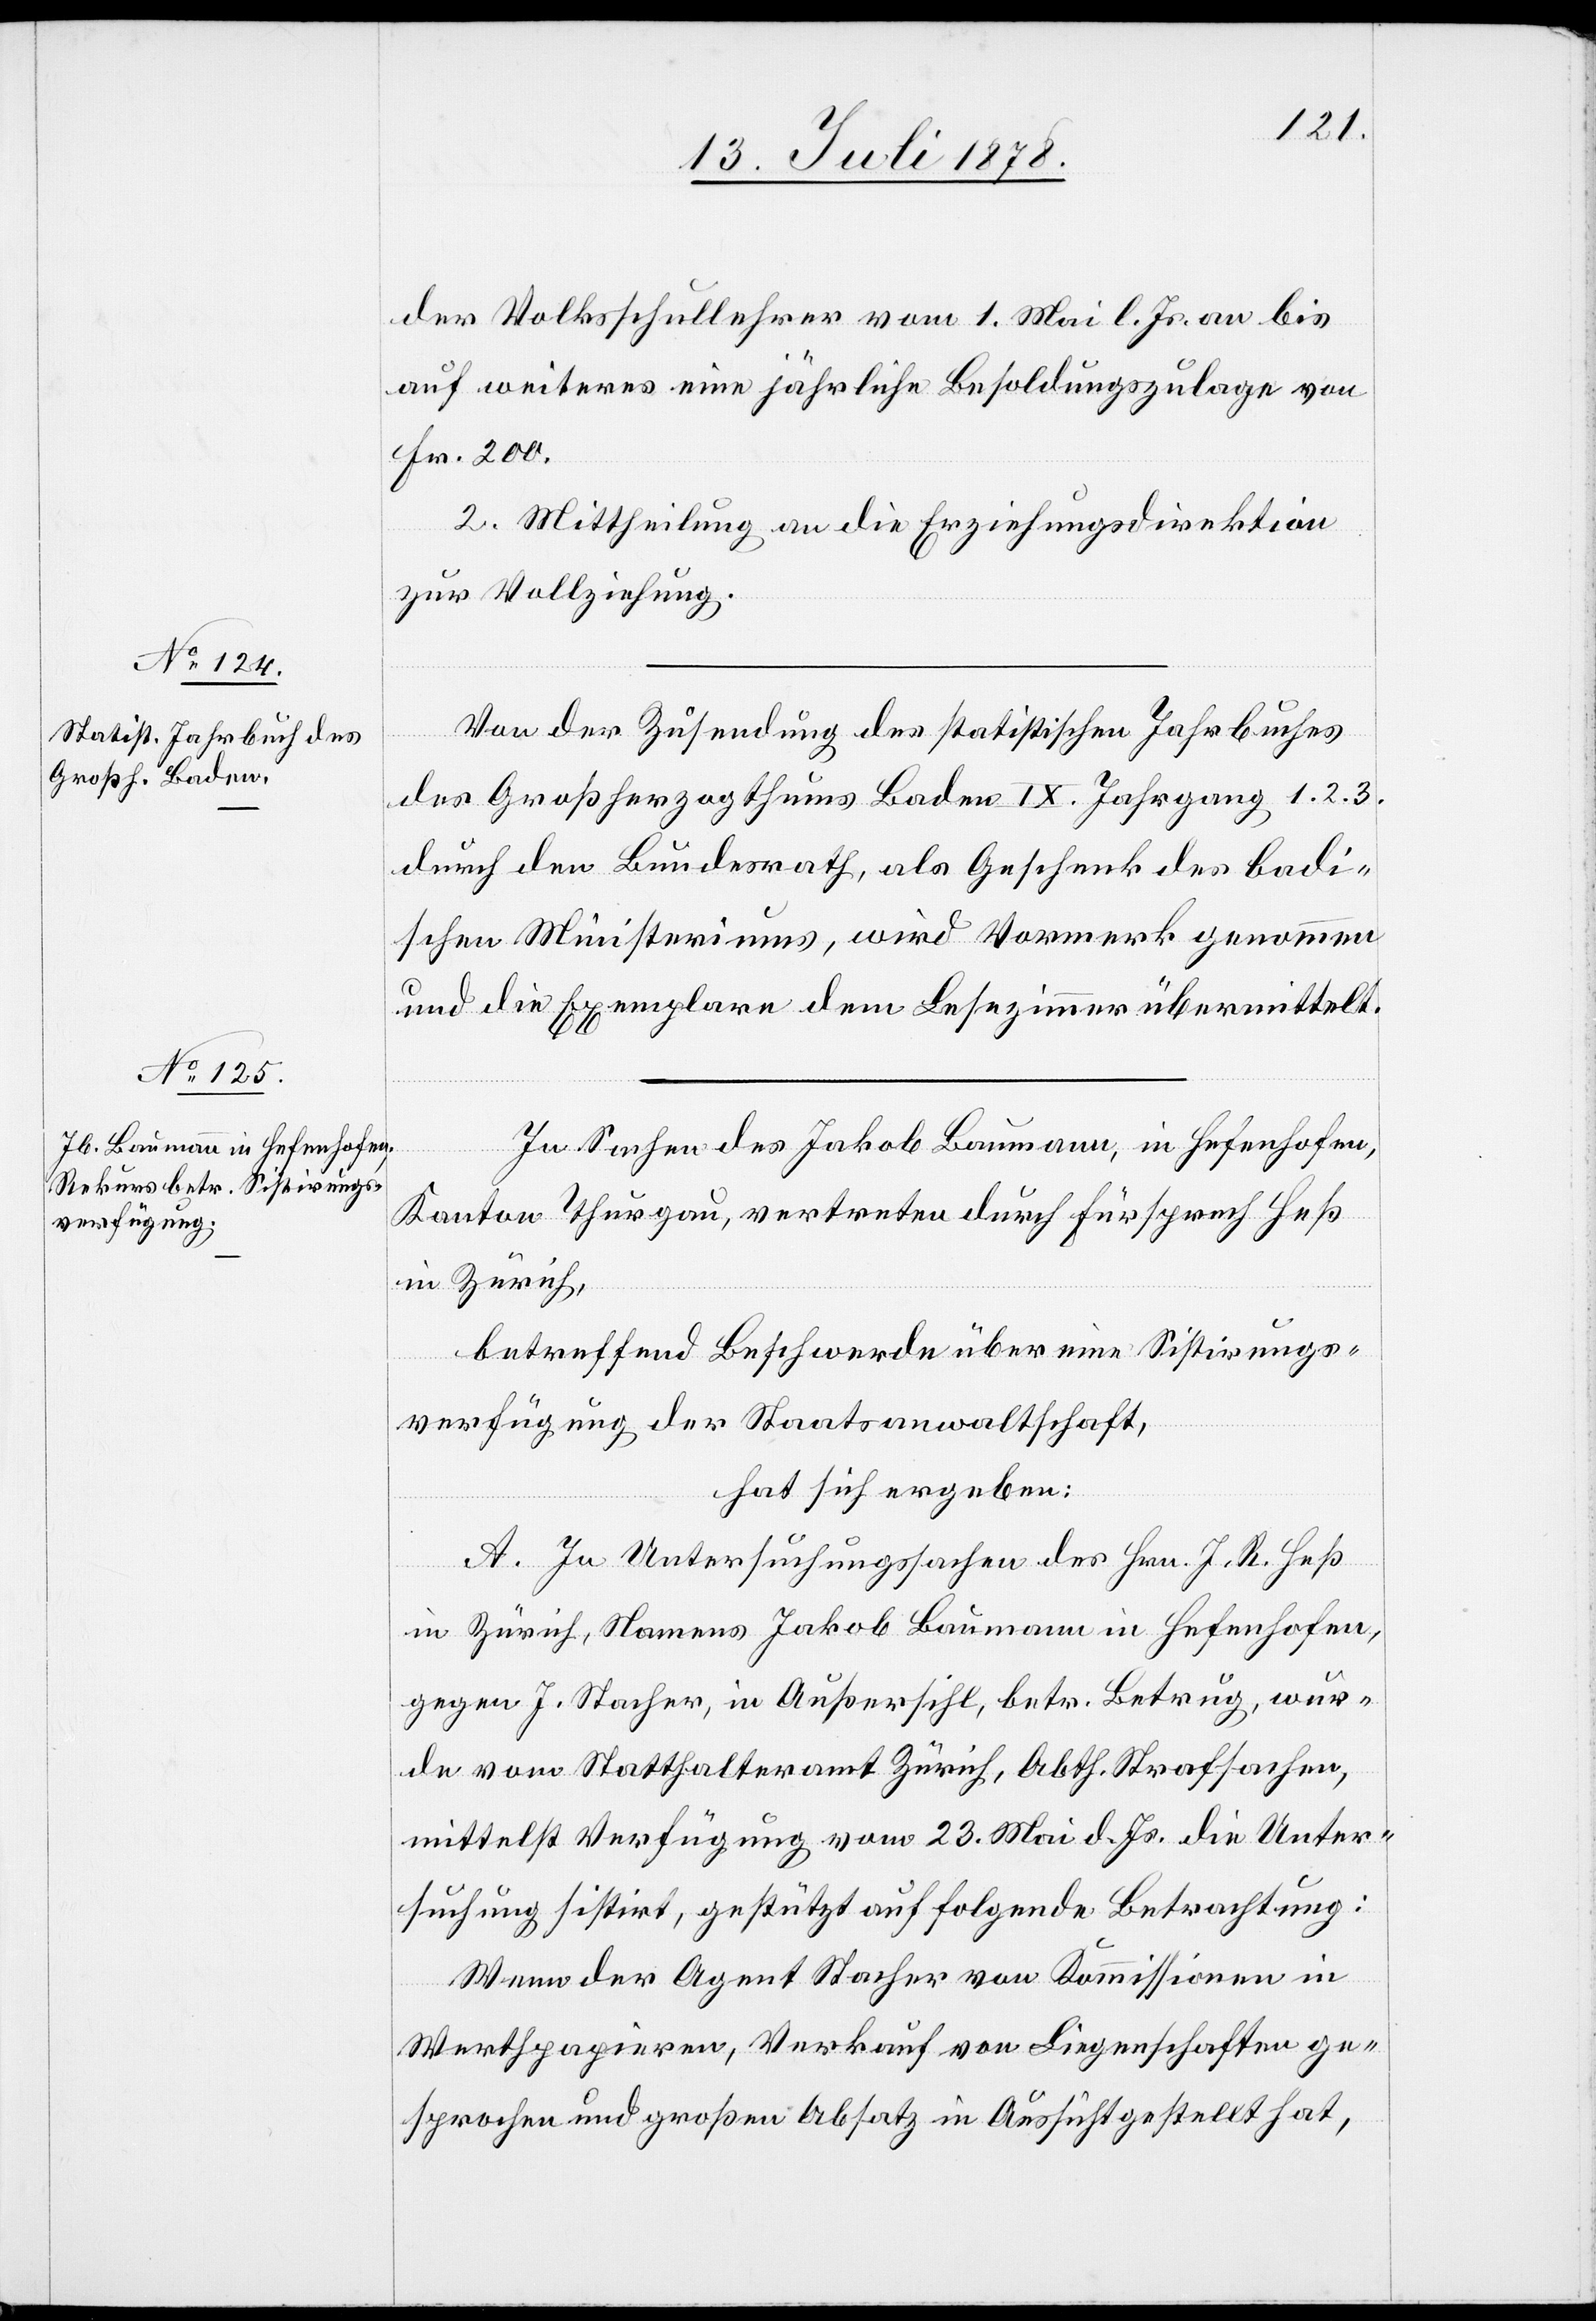
der Volksschullehrer vom 1. Mai l. Js. an bis
auf weiteres eine jährliche Besoldungszulage von
Fr. 200.
2. Mittheilung an die Erziehungsdirektion
zur Vollziehung.
Von der Zusendung des statistischen Jahrbuches
des Großherzogthums Baden IX. Jahrgang 1. 2. 3.
durch den Bundesrath, als Geschenk des badi¬
schen Ministeriums, wird Vormerk genommen
und die Exemplare dem Lesezimmer übermittelt.
In Sachen des Jakob Baumann, in Hefenhofen,
Kanton Thurgau, vertreten durch Fürsprech Heß
in Zürich,
betreffend Beschwerde über eine Sistirungs¬
verfügung der Staatsanwaltschaft,
hat sich ergeben:
A. In Untersuchungssachen des Hrn. J. R. Heß
in Zürich, Namens Jakob Baumann in Hefenhofen,
gegen J. Stacher, in Außersihl, betr. Betrug, wur¬
de vom Statthalteramt Zürich, Abth. Strafsachen,
mittelst Verfügung vom 23. Mai d. Js. die Unter¬
suchung sistirt, gestützt auf folgende Betrachtung:
Wenn der Agent Stacher von Kommissionen in
Werthpapieren, Verkauf von Liegenschaften ge¬
sprochen und großen Absatz in Aussicht gestellt hat,